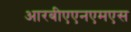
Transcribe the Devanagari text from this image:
आरबीएएनएमएस